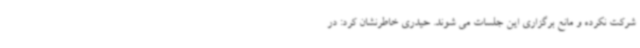
شرکت نکرده و مانع برگزاری این جلسات می شوند. حیدری خاطرنشان کرد: در